画像に写った文字を読んでください
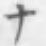
「ナ」と書いてあります